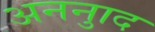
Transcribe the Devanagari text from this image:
अननुाद